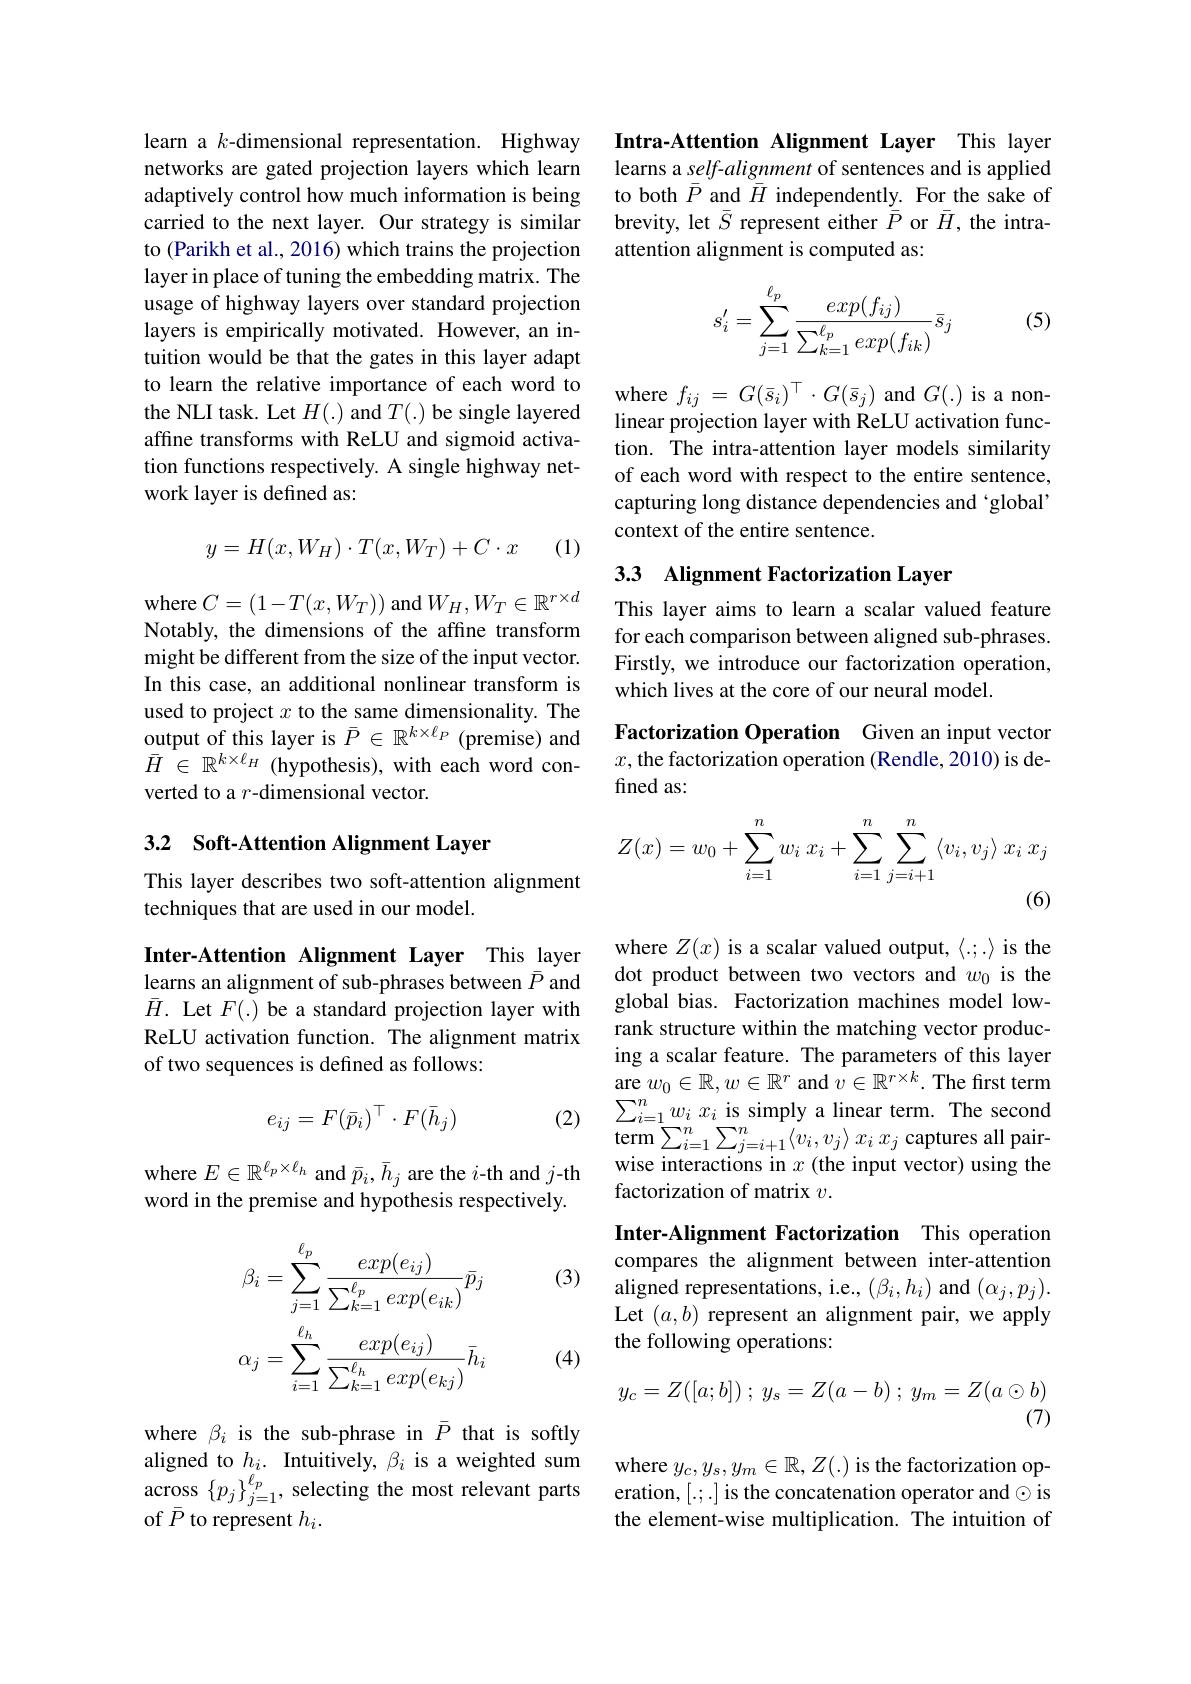
learn a $k$-dimensional representation. Highway networks are gated projection layers which learn adaptively control how much information is being carried to the next layer. Our strategy is similar to (Parikh et al., 2016) which trains the projection layer in place of tuning the embedding matrix. The usage of highway layers over standard projection layers is empirically motivated. However, an intuition would be that the gates in this layer adapt to learn the relative importance of each word to the NLI task. Let $H(.)$ and $T(.)$ be single layered affine transforms with ReLU and sigmoid activation functions respectively. A single highway network layer is defined as:

(1)
$$y=H(x,W_H)\cdot T(x,W_T)+C\cdot x$$
Notably, the dimensions of the affine transform might be different from the size of the input vector. In this case, an additional nonlinear transform is used to project $x$ to the same dimensionality. The output of this layer is $\bar{P}\in\mathbb{R}^{k\times\ell_P}$ (premise) and $\bar{H}^{1}\in\mathbb{R}^{k\times\ell_{H}}$(hypothesis), with each word converted to a $r$-dimensional vector.

# 3.2 Soft-Attention Alignment Layer

This layer describes two soft-attention alignment
techniques that are used in our model.

Inter-Attention Alignment Layer This layer learns an alignment of sub-phrases between $\bar{P}$ and $\bar{H}.$ Let $F(.)$ be a standard projection layer with ReLU activation function. The alignment matrix of two sequences is defined as follows:
$$e_{ij}=F(\bar{p}_i)^\top\cdot F(\bar{h}_j)$$
(2)

where $E\in\mathbb{R}^{\ell_p\times\ell_h}$ and $\bar{p}_i,\bar{h}_j$ are the $i$-th and $j$-th word in the premise and hypothesis respectively.

(3)
$$\beta_{i}=\sum_{j=1}^{\ell_{p}}\frac{exp(e_{ij})}{\sum_{k=1}^{\ell_{p}}exp(e_{ik})}\bar{p}_{j}\\\alpha_{j}=\sum_{i=1}^{\ell_{h}}\frac{exp(e_{ij})}{\sum_{k=1}^{\ell_{h}}exp(e_{kj})}\bar{h}_{i}$$
(4)

where $\beta_i$ is the sub-phrase in $\bar{P}$ that is softly aligned to $h_{i}.$ Intuitively, $\beta_{i}$ is a weighted sum across $\{p_j\}_{j=1}^{\ell_p}$, selecting the most relevant parts of $\bar{P}$ to represent $h_i.$

Intra-Attention Alignment Layer This layer learns a self-alignment of sentences and is applied to both $\bar{P}$ and $\bar{H}$ independently. For the sake of brevity, let $\bar{S}$ represent either $\bar{\bar{P}}$ or $\bar{H}$, the intraattention alignment is computed as:
$$\begin{aligned}s_i'&=\sum_{j=1}^{\ell_p}\frac{exp(f_{ij})}{\sum_{k=1}^{\ell_p}exp(f_{ik})}\bar{s}_j\end{aligned}$$
(5)

where $f_{ij}=G(\bar{s}_{i})^{\top}\cdot G(\bar{s}_{j})$ and $G(.)$ is a nonlinear projection layer with ReLU activation function. The intra-attention layer models similarity of each word with respect to the entire sentence, capturing long distance dependencies and 'global' context of the entire sentence.

# 3.3 Alignment Factorization Layer where $C=(1-T(x,W_T))$ and $W_H, W_T\in \mathbb{R} ^{r\times d}$ This layer aims to learn a scalar valued feature

for each comparison between aligned sub-phrases. Firstly, we introduce our factorization operation, which lives at the core of our neural model.

Factorization Operation Given an input vector $x$, the factorization operation (Rendle, 2010) is defined as:
$$Z(x)=w_0+\sum_{i=1}^nw_i\:x_i+\sum_{i=1}^n\sum_{j=i+1}^n\left\langle v_i,v_j\right\rangle x_i\:x_j$$
(6)

where $Z(x)$ is a scalar valued output, $\langle.;.\rangle$ is the dot product between two vectors and $w_0$ is the global bias. Factorization machines model lowrank structure within the matching vector producing a scalar feature. The parameters of this layer are $w_0\in\mathbb{R},w\in\mathbb{R}^r$ and $v\in\mathbb{R}^r\times k.$ The first term $\sum _{i= 1}^{n}w_{i}$ $x_{i}$ is simply a linear term. The second $\operatorname { \mathrm{term}} \sum _{i= 1}^{n}\sum _{j= i+ 1}^{n}\langle v_{i}, v_{j}\rangle$ $x_{i}$ $x_{j}$ captures all pairwise interactions in $x$ (the input vector) using the factorization of matrix $v.$

Inter-Alignment Factorization This operation

compares the alignment between inter-attention aligned representations, i.e., $(\beta_{i},h_{i})$ and $(\alpha_{j},p_{j}).$ Let $(a,b)$ represent an alignment pair, we apply the following operations:
$$y_c=Z([a;b])\:;\:y_s=Z(a-b)\:;\:y_m=Z(a\odot b)$$
(7)

where $y_c,y_s,y_m\in\mathbb{R},Z(.)$ is the factorization operation, [.;.] is the concatenation operator and$\odot$is the element-wise multiplication. The intuition of